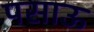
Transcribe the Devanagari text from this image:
पसाऊ